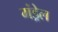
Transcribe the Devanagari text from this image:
मंड्रेल